Senior Leaving Certificate Examination (including Day School Certificate (Higher) General paper), 1949
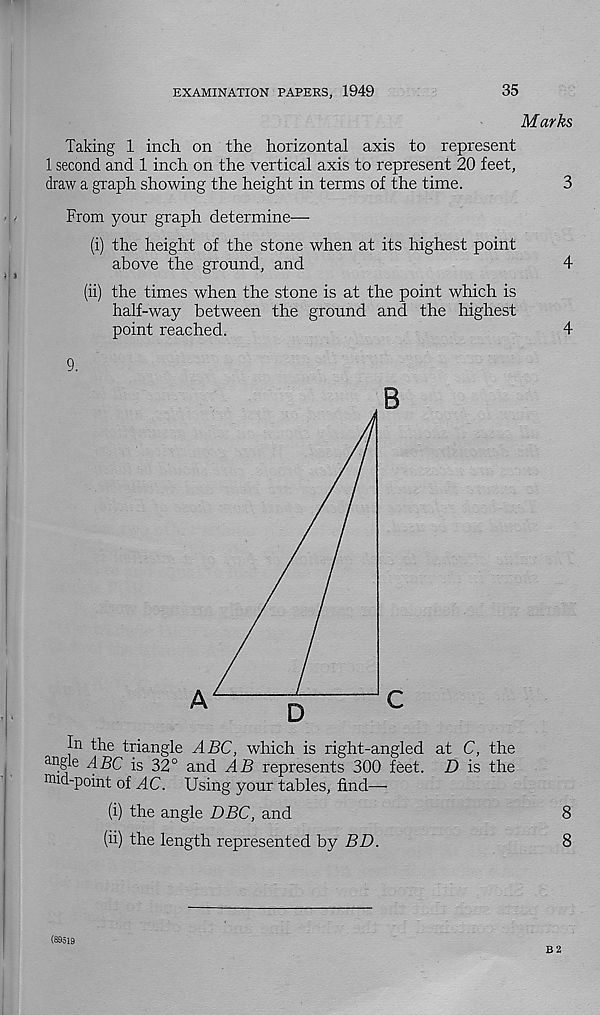
EXAMINATION PAPERS, 1949
35
Marks
Taking 1 inch on the horizontal axis to represent
1 second and 1 inch on the vertical axis to represent 20 feet,
draw a graph showing the height in terms of the time.
3
From your graph determine—
(i) the height of the stone when at its highest point
above the ground, and
4
(ii) the times when the stone is at the point which is
half-way between the ground and the highest
point reached.
4
9.
B
In the triangle ABC, which is right-angled at C, the
angle ABC is 32° and AB represents 300 feet. D is the
mid-point of AC. Using your tables, find—
(i) the angle DBC, and
8
(ii) the length represented by BD.
8
(89519
B 2